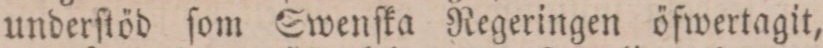
underſtöd ſom Swenſka Regeringen öfwertagit,